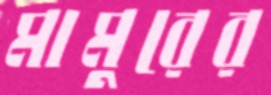
মামুরের